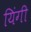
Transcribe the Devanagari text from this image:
यिंगी